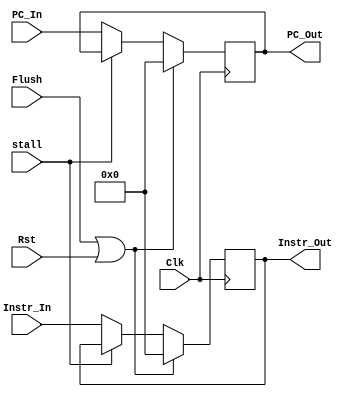
`timescale 1ns / 1ps
//Iain Donnelly , Josue Ortiz
// Effort 50-50
////////////////////////////////////////////////////////////////////////////////
// ECE369 - Computer Architecture
// 
//
//
// Student(s) Name and Last Name: FILL IN YOUR INFO HERE!
//
//
// Module - register_file.v
// Description - Implements a register file with 32 32-Bit wide registers.
//
// 
// INPUTS:-
// ReadRegister1: 5-Bit address to select a register to be read through 32-Bit 
//                output port 'ReadRegister1'.
// ReadRegister2: 5-Bit address to select a register to be read through 32-Bit 
//                output port 'ReadRegister2'.
// WriteRegister: 5-Bit address to select a register to be written through 32-Bit
//                input port 'WriteRegister'.
// WriteData: 32-Bit write input port.
// RegWrite: 1-Bit control input signal.
//
// OUTPUTS:-
// ReadData1: 32-Bit registered output. 
// ReadData2: 32-Bit registered output. 
//
// FUNCTIONALITY:-
// 'ReadRegister1' and 'ReadRegister2' are two 5-bit addresses to read two 
// registers simultaneously. The two 32-bit data sets are available on ports 
// 'ReadData1' and 'ReadData2', respectively. 'ReadData1' and 'ReadData2' are 
// registered outputs (output of register file is written into these registers 
// at the falling edge of the clock). You can view it as if outputs of registers
// specified by ReadRegister1 and ReadRegister2 are written into output 
// registers ReadData1 and ReadData2 at the falling edge of the clock. 
//
// 'RegWrite' signal is high during the rising edge of the clock if the input 
// data is to be written into the register file. The contents of the register 
// specified by address 'WriteRegister' in the register file are modified at the 
// rising edge of the clock if 'RegWrite' signal is high. The D-flip flops in 
// the register file are positive-edge (rising-edge) triggered. (You have to use 
// this information to generate the write-clock properly.) 
//
// NOTE:-
// We will design the register file such that the contents of registers do not 
// change for a pre-specified time before the falling edge of the clock arrives 
// to allow for data multiplexing and setup time.
////////////////////////////////////////////////////////////////////////////////

module IF_ID_Register(Instr_In, PC_In, Clk, PC_Out, Instr_Out,Flush,stall,Rst);//need control signal for hazard
       input [31:0]Instr_In;
       input [31:0]PC_In;
       input Flush,stall;
       input Clk,Rst;
       reg [31:0] Instr; 
       reg [31:0] Pc;
       output reg [31:0]Instr_Out;
       output reg [31:0]PC_Out;
      
   initial begin         
       Instr_Out <= 0;
        PC_Out <= 0;
        Instr <= 0;
        Pc <= 0;
      end
  
       always@(posedge Clk)begin 
              if(Flush == 1 || Rst == 1) begin
                  PC_Out <= 0;
                  Instr_Out <= 0;
                  Instr <= 0;
                  Pc <= 0;
              end
              else begin
                  if (stall == 1) begin
                   Instr_Out <= Instr;
                    PC_Out <= Pc;
                  
                  end
                  else begin
                  
                  Instr_Out <= Instr_In;
                  PC_Out <= PC_In;
                  Instr <= Instr_In;
                  Pc <= PC_In;
                  
                  end
               
                  
              end
            
       end
   
endmodule